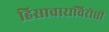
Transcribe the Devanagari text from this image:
हिसाचाराविरोधी